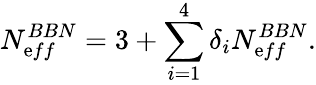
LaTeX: N_{\mathrm{e}ff}^{BBN}=3+\sum_{i=1}^{4}\delta_{i}N_{\mathrm{e}ff}^{BBN}.